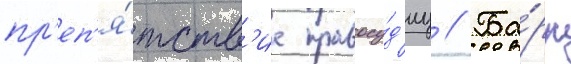
пр'еп'я́тств'ие правосу́д'иу // Ба́рр